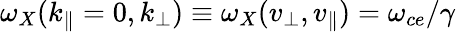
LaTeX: \omega_{X}(k_{\| }=0,k_{\perp})\equiv\omega_{X}(v_{\perp},v_{\| })=\omega_{ce}/\gamma